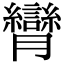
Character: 𦣏